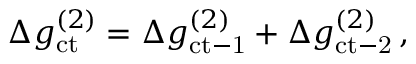
\begin{array} { r } { \Delta g _ { \mathrm { c t } } ^ { ( 2 ) } = \Delta g _ { \mathrm { c t - 1 } } ^ { ( 2 ) } + \Delta g _ { \mathrm { c t - 2 } } ^ { ( 2 ) } \, , } \end{array}